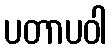
ပတာပဝါ